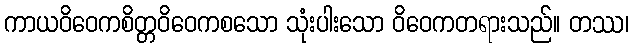
ကာယဝိဝေကစိတ္တဝိဝေကစသော သုံးပါးသော ဝိဝေကတရားသည်။ တဿ၊